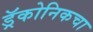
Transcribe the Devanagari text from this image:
ड्रॅकोनिकचा